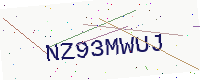
Text: NZ93MWUJ